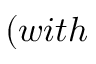
( w i t h